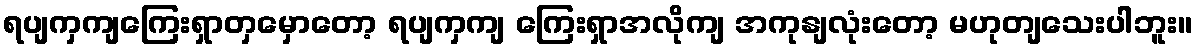
ရပျကှကျကြေးရှာတှမှောတော့ ရပျကှကျ ကြေးရှာအလိုကျ အကုနျလုံးတော့ မဟုတျသေးပါဘူး။